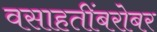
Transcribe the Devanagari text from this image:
वसाहतींबरोबर